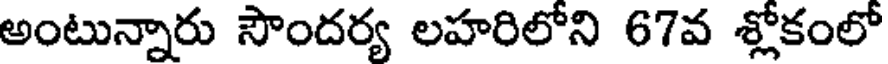
అంటున్నారు సౌందర్య లహరిలోని 67వ శ్లోకంలో